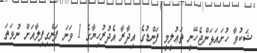
ޝަކުވާ ހުށައަޅަންޖެހޭނީ ތަޢުލީމީ ފަންޑުގެ އިދާރާ އެދުރުހިޔާގެ 1 ވަނަ ފަންގިފިލާއަށް ނުވަތަ